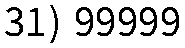
31) 99999